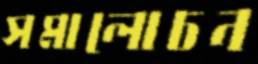
সমালোচন